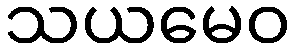
သယမေဝ